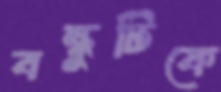
বন্ধুটিকে